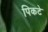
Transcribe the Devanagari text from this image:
पिकटे